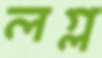
লগ্ল